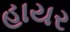
હાયર